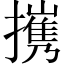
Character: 㩗